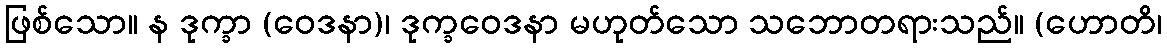
ဖြစ်သော။ န ဒုက္ခာ (ဝေဒနာ)၊ ဒုက္ခဝေဒနာ မဟုတ်သော သဘောတရားသည်။ (ဟောတိ၊